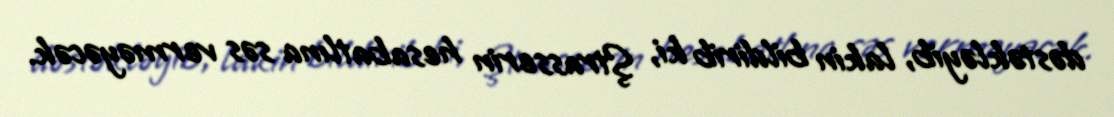
dəstəkləyib, lakin bildirib ki, Ştrasserin hesabatlına səs verməyəcək.